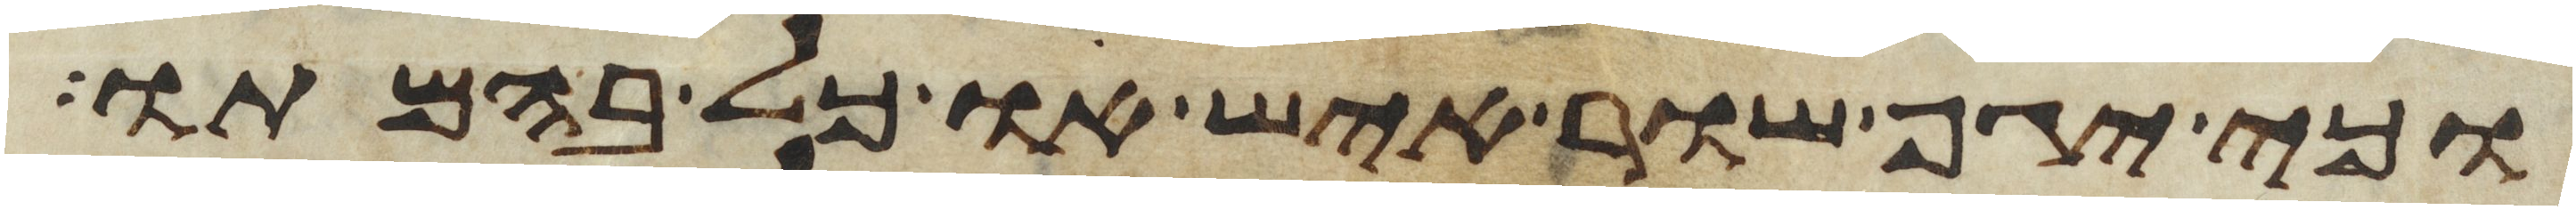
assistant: וכי יגף שור איש או כל בהמתו